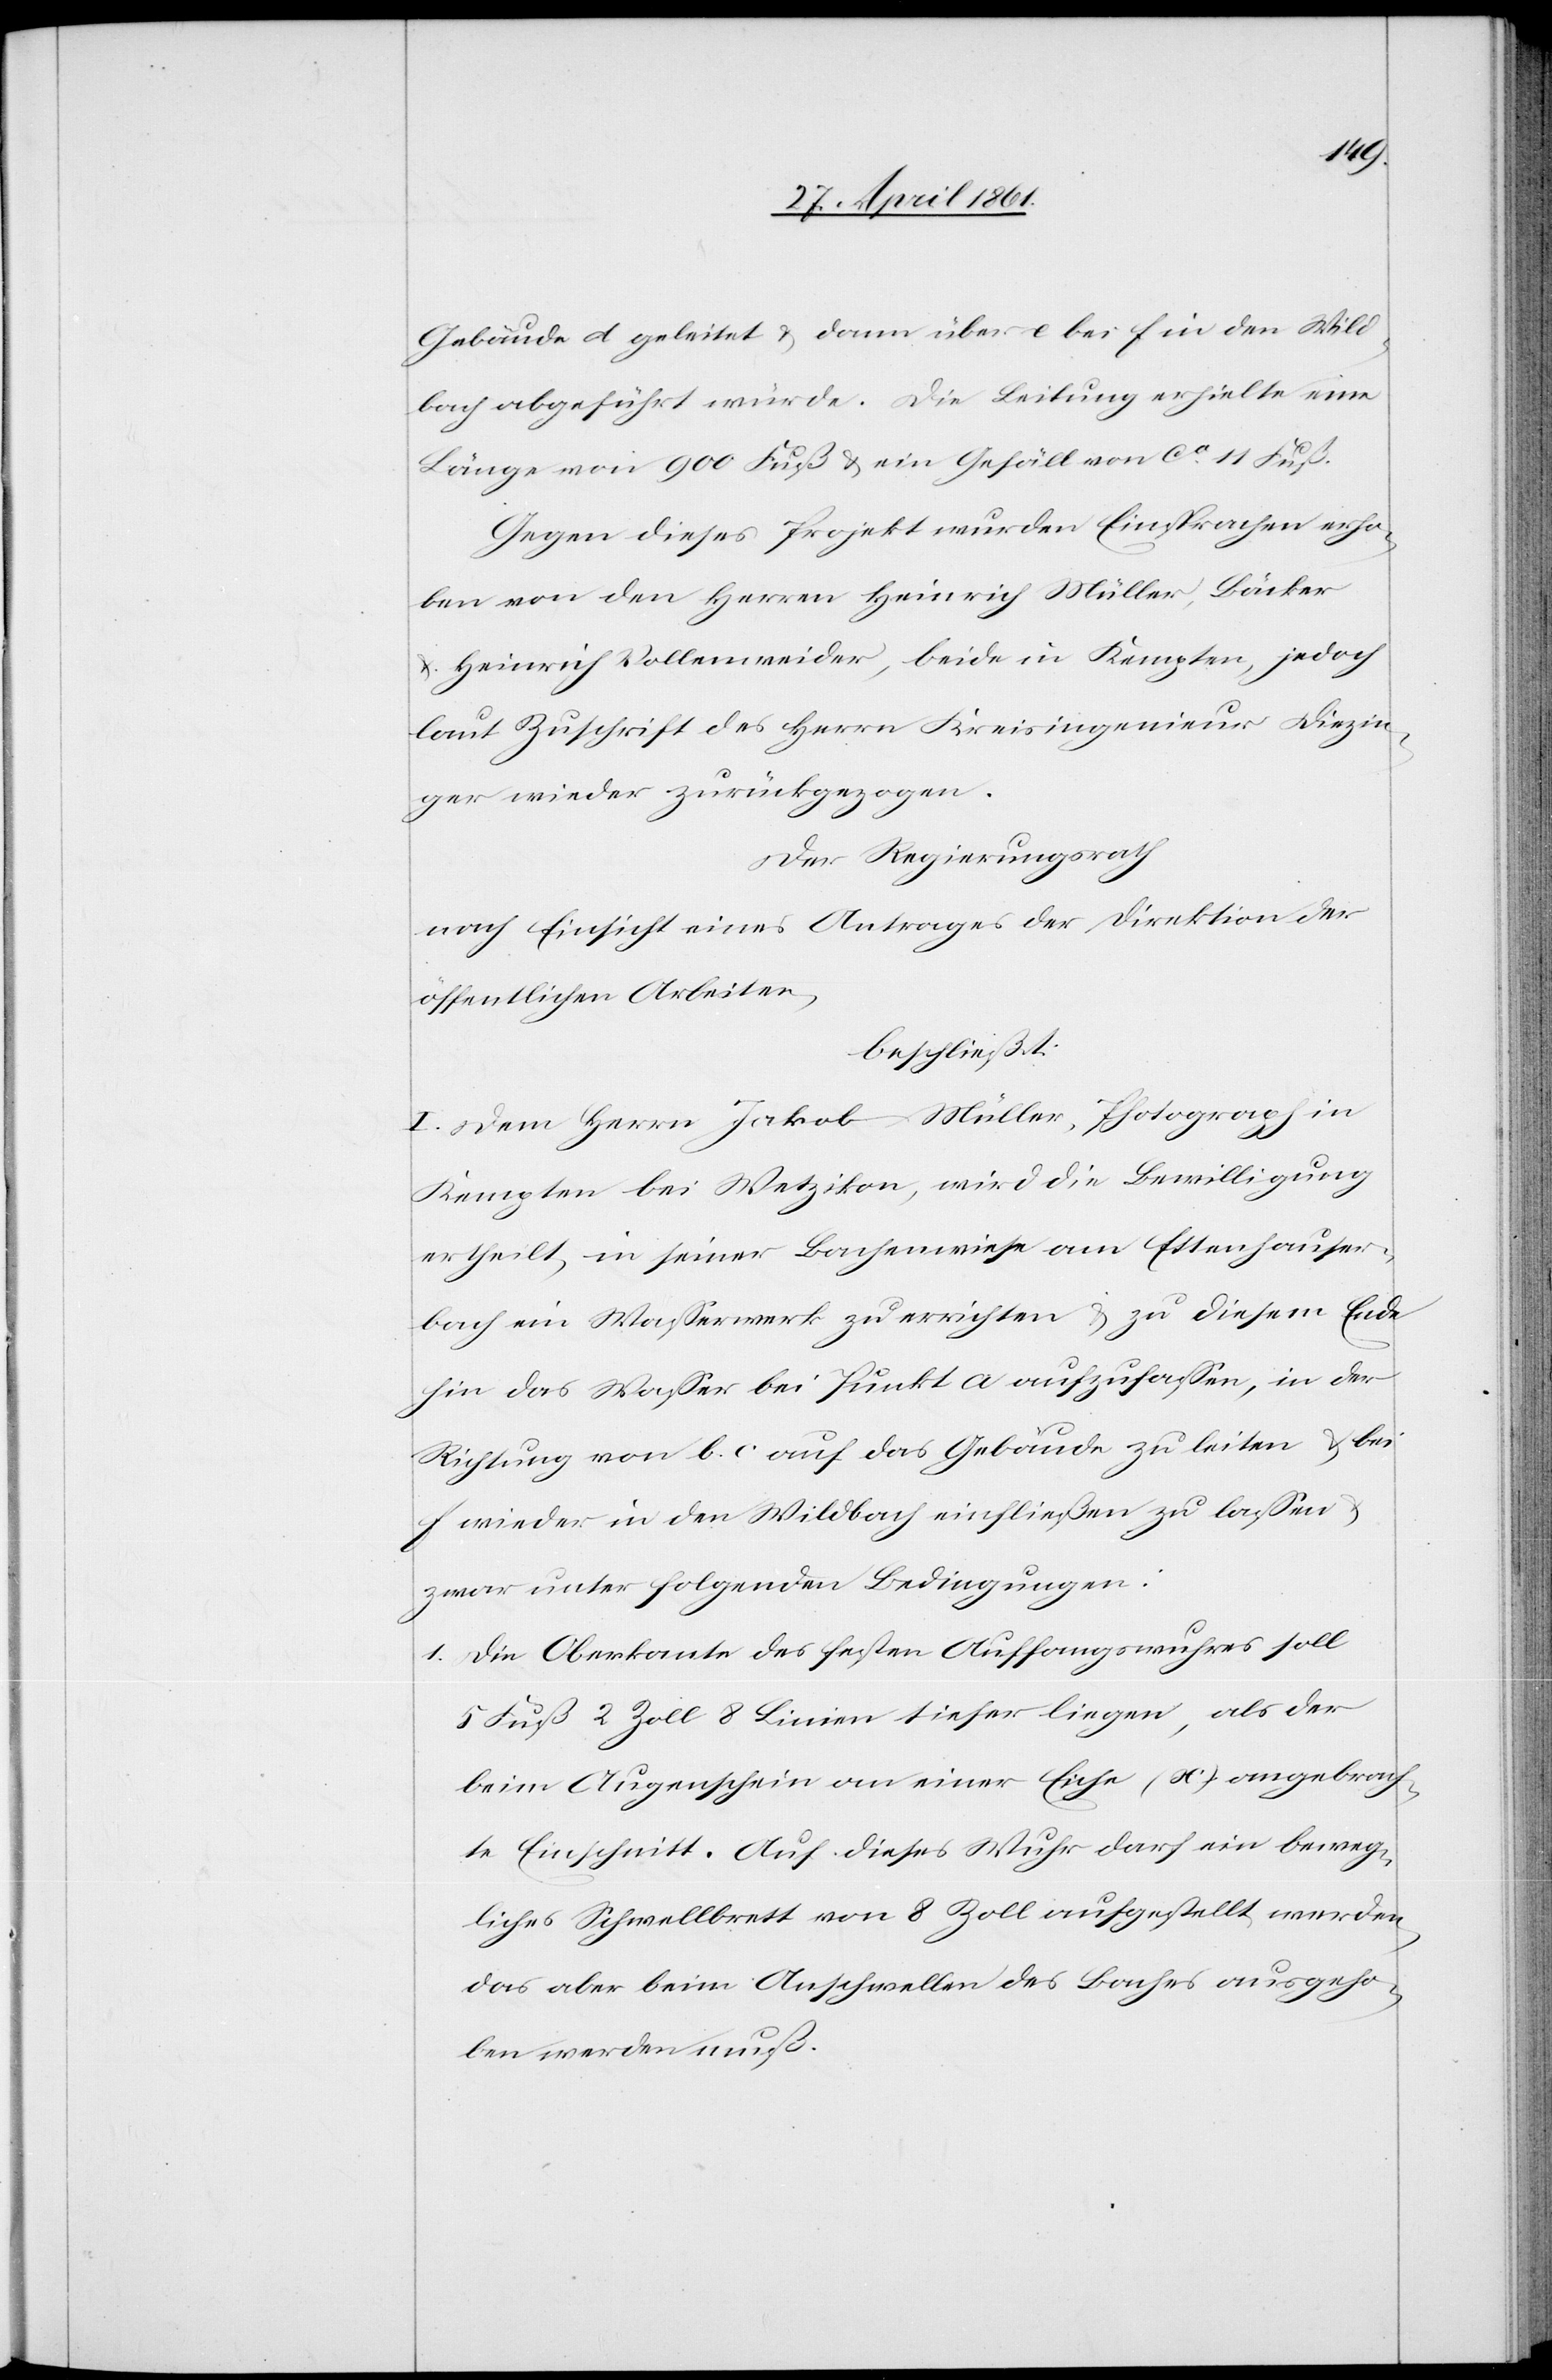
Gebäude d. geleitet u. dann über e bei f in den Wild¬
bach abgeführt würde. Die Leitung erhielte eine
Länge von 900 Fuß u. ein Gefäll von ca 11 Fuß.
Gegen dieses Projekt wurden Einsprachen erho¬
ben von den Herren Heinrich Müller, Bäcker
u. Heinrich Vollenweider, beide in Kempten, jedoch
laut Zuschrift des Herrn Kreisingenieur Diezin¬
ger wieder zurückgezogen.
Der Regierungsrath
nach Einsicht eines Antrages der Direktion der
öffentlichen Arbeiten,
beschließt:
I. Dem Herrn Jakob Müller, Photograph in
Kempten bei Wetzikon, wird die Bewilligung
ertheilt, in seiner Bachwiese am Ettenhauser¬
bach ein Wasserwerk zu errichten u. zu diesem Ende
hin das Wasser bei Punkt a aufzufassen, in der
Richtung von b. c. auf das Gebäude zu leiten u. bei
f wieder in den Wildbach einfließen zu lassen u.
zwar unter folgenden Bedingungen:
1. Die Oberkante des festen Auffangswuhres soll
5 Fuß 2 Zoll 8 Linien tiefer liegen, als der
beim Augenschein an einer Eiche (x) angebrach¬
ten Einschnitt. Auf dieses Wuhr darf ein beweg¬
liches Schwellbrett von 8 Zoll aufgestellt werden,
das aber beim Anschwellen des Baches ausgeho¬
ben werden muß.